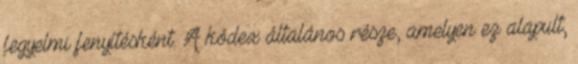
fegyelmi fenyítésként. A kódex általános része, amelyen ez alapult;